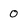
Character: 0